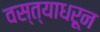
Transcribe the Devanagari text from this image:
वस्त्याधरून